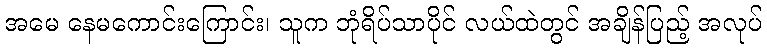
အမေ နေမကောင်းကြောင်း၊ သူက ဘုံရိပ်သာပိုင် လယ်ထဲတွင် အချိန်ပြည့် အလုပ်